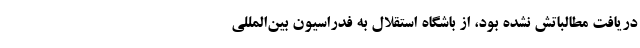
دریافت مطالباتش نشده بود، از باشگاه استقلال به فدراسیون بین‌المللی